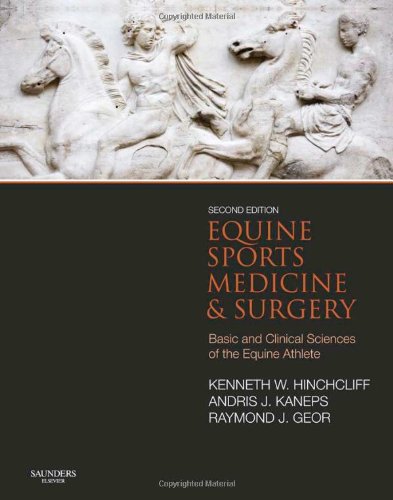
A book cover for Equine Sports Medicine and Surgery: Basic and clinical sciences of the equine athlete, 2e; Kenneth W Hinchcliff BVSc  MS  PhD  DACVIM (Large Animal); Medical Books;